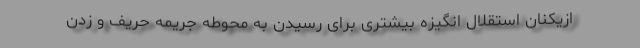
ازیکنان استقلال انگیزه‌ بیشتری برای رسیدن به محوطه جریمه حریف و زدن